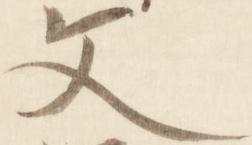
文